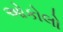
ઓકોલો